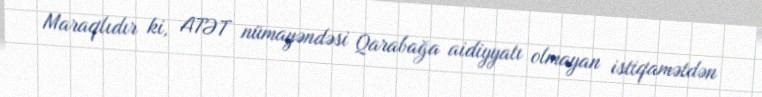
Maraqlıdır ki, ATƏT nümayəndəsi Qarabağa aidiyyatı olmayan istiqamətdən